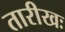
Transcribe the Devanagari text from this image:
तारीखः